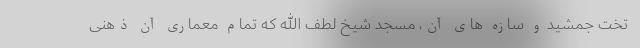
تخت جمشید و سازه های آن، مسجد شیخ لطف الله که تمام معماری آن ذهنی